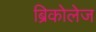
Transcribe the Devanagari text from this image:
ब्रिकोलेज